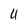
Character: 4